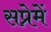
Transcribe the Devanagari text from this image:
सप्रेमें